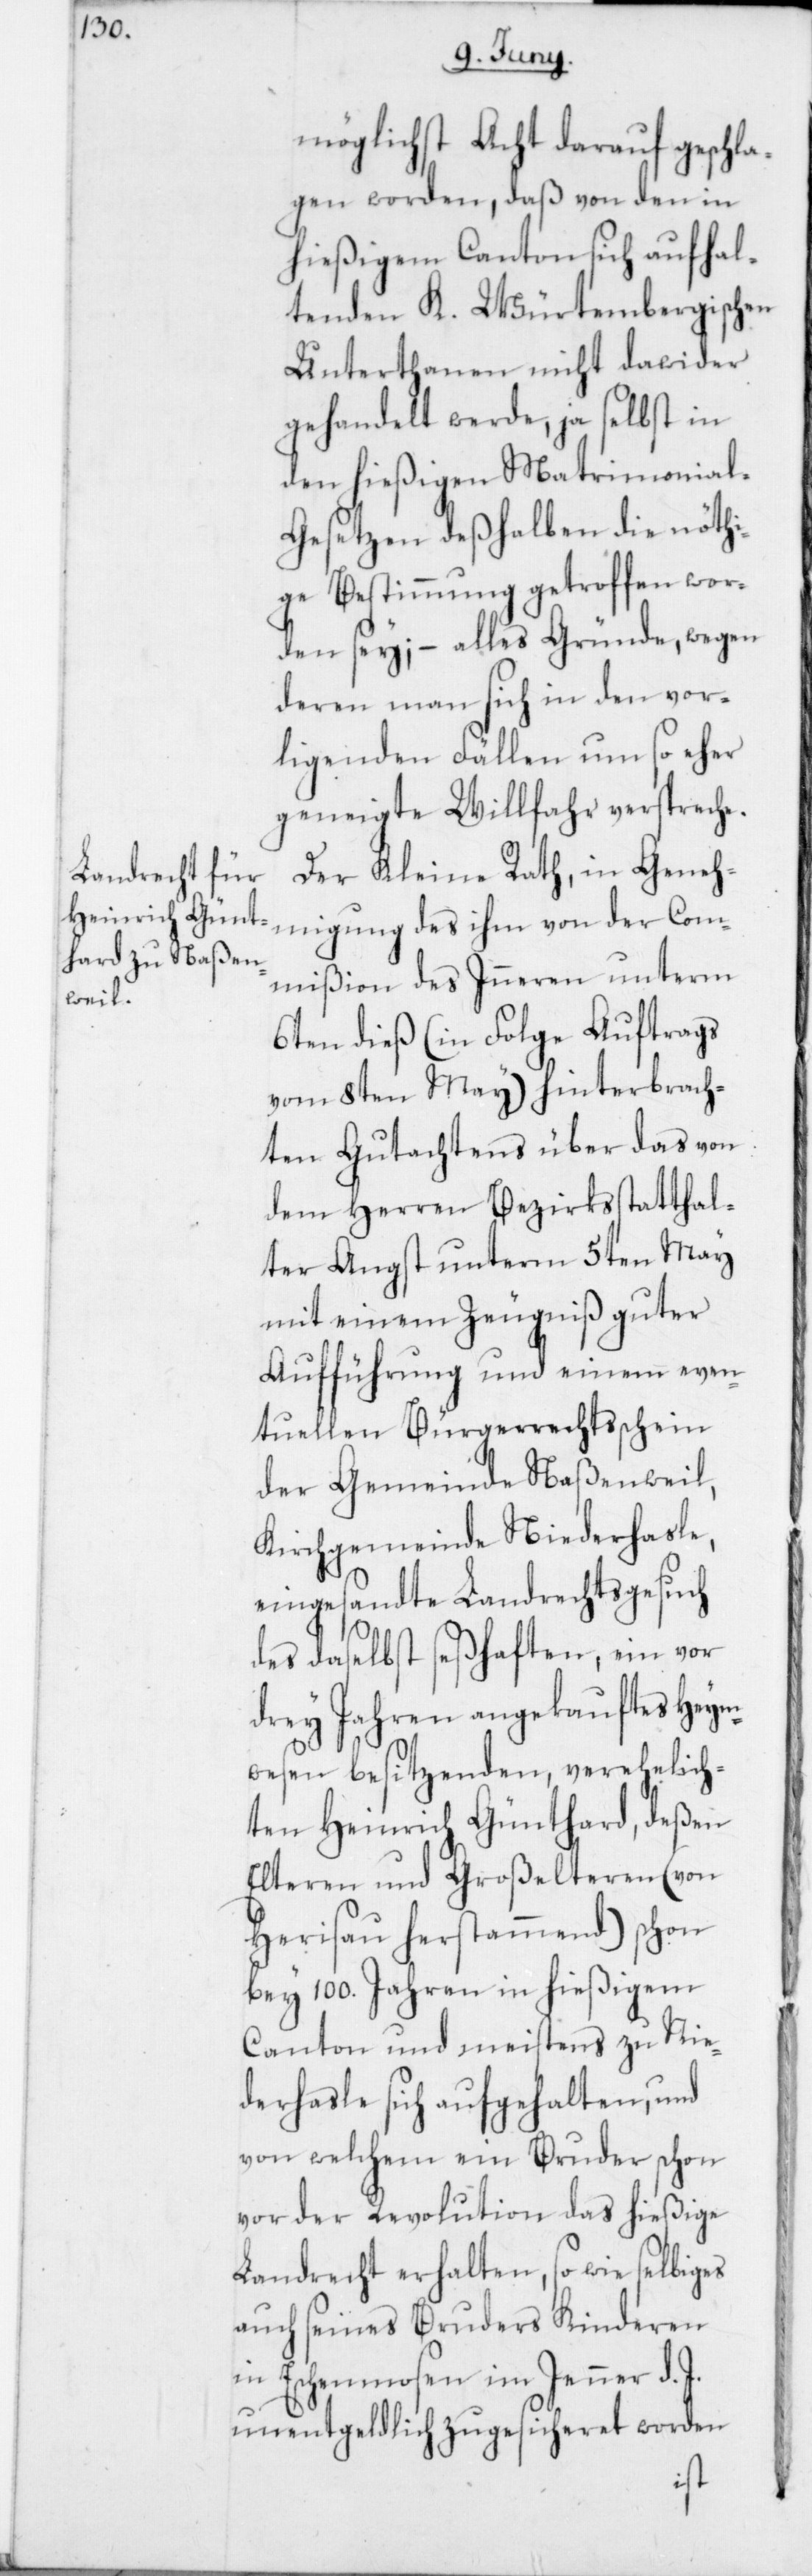
möglichst Acht darauf geschla¬
gen worden, daß von den in
hießigem Canton sich aufhal¬
tenden K. Würtembergischen
Unterthanen nicht dawider
gehandelt werde, ja selbst in
den hießigen Matrimonia¬
l-Gesetzen deßhalben die nöthi¬
ge Bestimmung getroffen wor¬
den sey, – alles Gründe, wegen
deren man sich in den vor¬
ligenden Fällen um so eher
geneigte Willfahr verspreche.
Der Kleine Rath in Geneh¬
migung des ihm von der Com¬
mißion des Inneren unterm
6ten dieß (in Folge Auftrags
vom 8ten May) hinterbrach¬
ten Gutachtens über das von
dem Herren Bezirksstatthal¬
ter Angst unterm 5ten May
mit einem Zeugniß guter
Aufführung und einem even¬
tuellen Bürgerrechtsschein
der Gemeinde Naßenweil,
Kirchgemeinde Niederhasle,
eingesandte Landrechtsgesuch
des daselbst seßhaften, ein vor
drey Jahren angekauftes Heym¬
wesen besitzenden, verehelich¬
ten Heinrich Günthard, deßen
Elteren und Großelteren (von
Herisau herstammend) schon
bey 100. Jahren in hießigem
Canton und meistens zu Nie¬
derhalse sich aufgehalten, und
von welchem ein Bruder schon
vor der Revolution das hießige
Landrecht erhalten, sowie selbiges
auch seines Bruders Kinderen
in Eschenmosen im Jenner d. J.
unentgeldlich zugesicheret worden